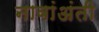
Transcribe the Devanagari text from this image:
नावांअंती